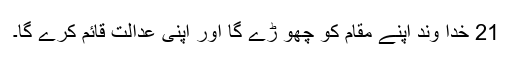
21 خدا وند اپنے مقام کو چھو ڑے گا اور اپنی عدالت قائم کرے گا۔